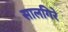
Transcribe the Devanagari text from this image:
सालगिरे